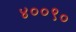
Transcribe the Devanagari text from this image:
४००९०